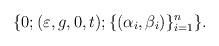
LaTeX: \begin{align*}\{0; (\varepsilon, g, 0, t); \{(\alpha_i,\beta_i)\}_{i=1}^n \}.\end{align*}